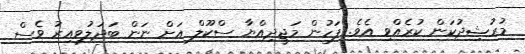
މުރުޝިދުކަން ކުރެއްވި އެވެ. ފަހުން މަޖީދިއްޔާ ސްކޫލް އަށް ނަން ބަދަލުވިއިރު ވެސް